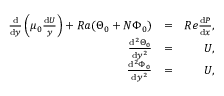
\begin{array} { r l r } { { \frac { \mathrm { d } } { \mathrm { d } y } } \left( \mu _ { 0 } { \frac { \mathrm { d } U } { y } } \right) + R a ( \Theta _ { 0 } + N \Phi _ { 0 } ) } & { = } & { R e { \frac { \mathrm { d } P } { \mathrm { d } x } } , } \\ { { \frac { \mathrm { d } ^ { 2 } \Theta _ { 0 } } { \mathrm { d } y ^ { 2 } } } } & { = } & { U , } \\ { { \frac { \mathrm { d } ^ { 2 } \Phi _ { 0 } } { \mathrm { d } y ^ { 2 } } } } & { = } & { U , } \end{array}